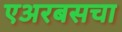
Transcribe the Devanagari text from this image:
एअरबसचा